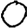
Digit: 0